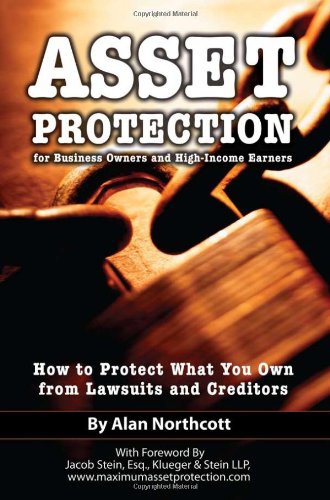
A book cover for Asset Protection for Business Owners and High-Income Earners: How to Protect What You Own from Lawsuits and Creditors; Alan Northcott; Business & Money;